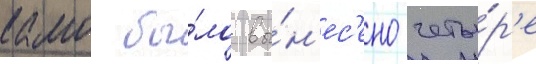
камо бы́ло вы́н'ес'ено четы́р'е